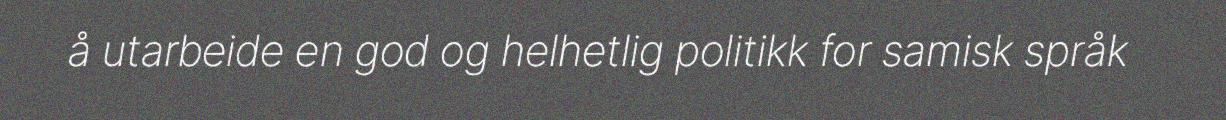
å utarbeide en god og helhetlig politikk for samisk språk